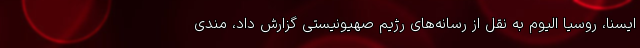
ایسنا، روسیا الیوم به نقل از رسانه‌های رژیم صهیونیستی گزارش داد، مندی